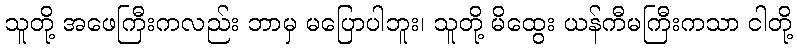
သူတို့ အဖေကြီးကလည်း ဘာမှ မပြောပါဘူး၊ သူတို့ မိထွေး ယန်ကီမကြီးကသာ ငါတို့